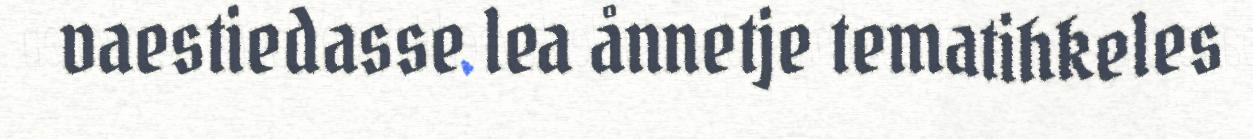
vaestiedasse lea ånnetje tematihkeles